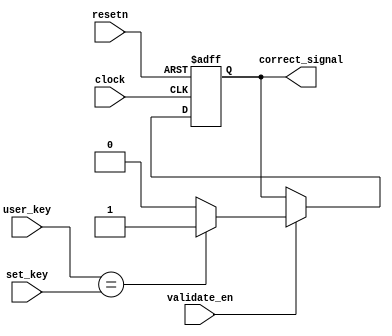
module validation(clock, user_key, set_key, correct_signal, validate_en,resetn);
input [15:0] user_key, set_key;
input clock, validate_en, resetn;
output reg correct_signal;



always @(posedge clock, negedge resetn)
begin
if (!resetn)begin
	correct_signal <=1'b0;
end
else if (validate_en) begin
  if (user_key == set_key)
      correct_signal <= 1'b1;
  else
    correct_signal <= 1'b0;
end

end
endmodule